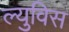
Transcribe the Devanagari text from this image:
ल्युविस